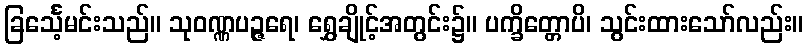
ခြင်္သေ့မင်းသည်။ သုဝဏ္ဏပဉ္ဇရေ၊ ရွှေချိုင့်အတွင်း၌။ ပက္ခိတ္တောပိ၊ သွင်းထားသော်လည်း။